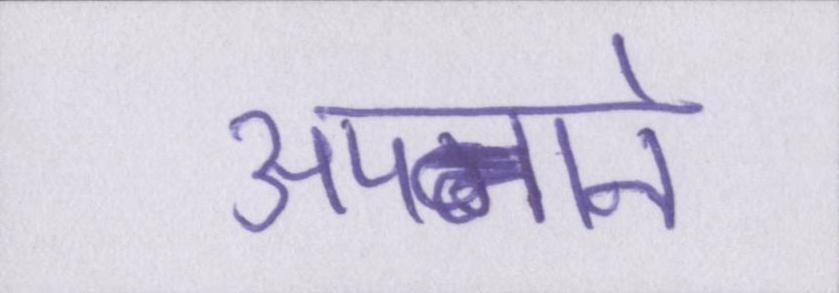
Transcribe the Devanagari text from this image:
अपनाने